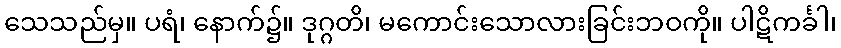
သေသည်မှ။ ပရံ၊ နောက်၌။ ဒုဂ္ဂတိ၊ မကောင်းသောလားခြင်းဘဝကို။ ပါဋိကင်္ခါ၊